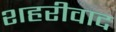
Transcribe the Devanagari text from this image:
शहरीवाद